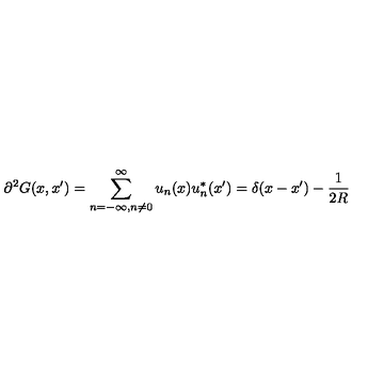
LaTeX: { \partial } ^ { 2 } G ( x , x ^ { \prime } ) = \sum _ { n = - \infty , n \neq 0 } ^ { \infty } u _ { n } ( x ) u _ { n } ^ { * } ( x ^ { \prime } ) = \delta ( x - x ^ { \prime } ) - \frac { 1 } { 2 R }